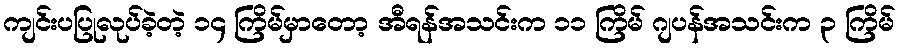
ကျင်းပပြုလုပ်ခဲ့တဲ့ ၁၄ ကြိမ်မှာတော့ အီရန်အသင်းက ၁၁ ကြိမ် ဂျပန်အသင်းက ၃ ကြိမ်